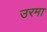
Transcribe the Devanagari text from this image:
उरमा